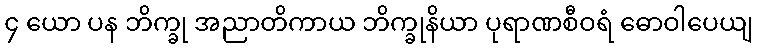
၄ ယော ပန ဘိက္ခု အညာတိကာယ ဘိက္ခုနိယာ ပုရာဏစီဝရံ ဓောဝါပေယျ